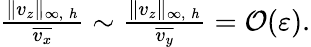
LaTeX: \begin{array}{r}{\frac{\| v_{z}\| _{\infty,\: h}}{\overline{{v_{x}}}}\sim\frac{\| v_{z}\| _{\infty,\: h}}{\overline{{v_{y}}}}=\mathcal{O}(\varepsilon).}\end{array}